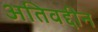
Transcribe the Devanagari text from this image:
अतिवद्दीन